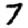
Digit: 7